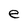
Character: e